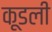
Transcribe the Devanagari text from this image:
कूडली